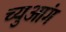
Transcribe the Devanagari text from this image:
च्युआंग